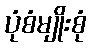
ပုံစံမျိုးစုံ